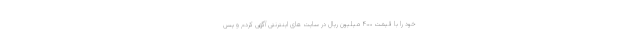
خود را با قیمت ۴۰۰ میلیون ریال در سایت های اینترنتی آگهی کردم و پس